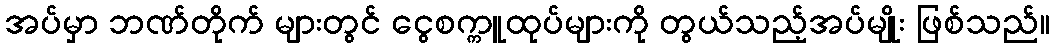
အပ်မှာ ဘဏ်တိုက် များတွင် ငွေစက္ကူထုပ်များကို တွယ်သည့်အပ်မျိုး ဖြစ်သည်။